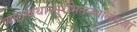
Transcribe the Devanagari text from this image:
व्यालम्बेथास्सुरभितनयालंभजां